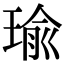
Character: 瑜